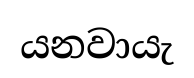
යනවායැ